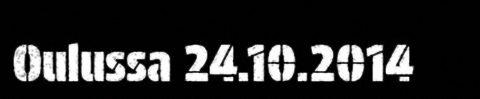
Oulussa 24.10.2014